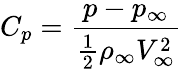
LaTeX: C_{p}={\frac{p-p_{\infty}}{{\frac{1}{2}}\rho_{\infty}V_{\infty}^{2}}}